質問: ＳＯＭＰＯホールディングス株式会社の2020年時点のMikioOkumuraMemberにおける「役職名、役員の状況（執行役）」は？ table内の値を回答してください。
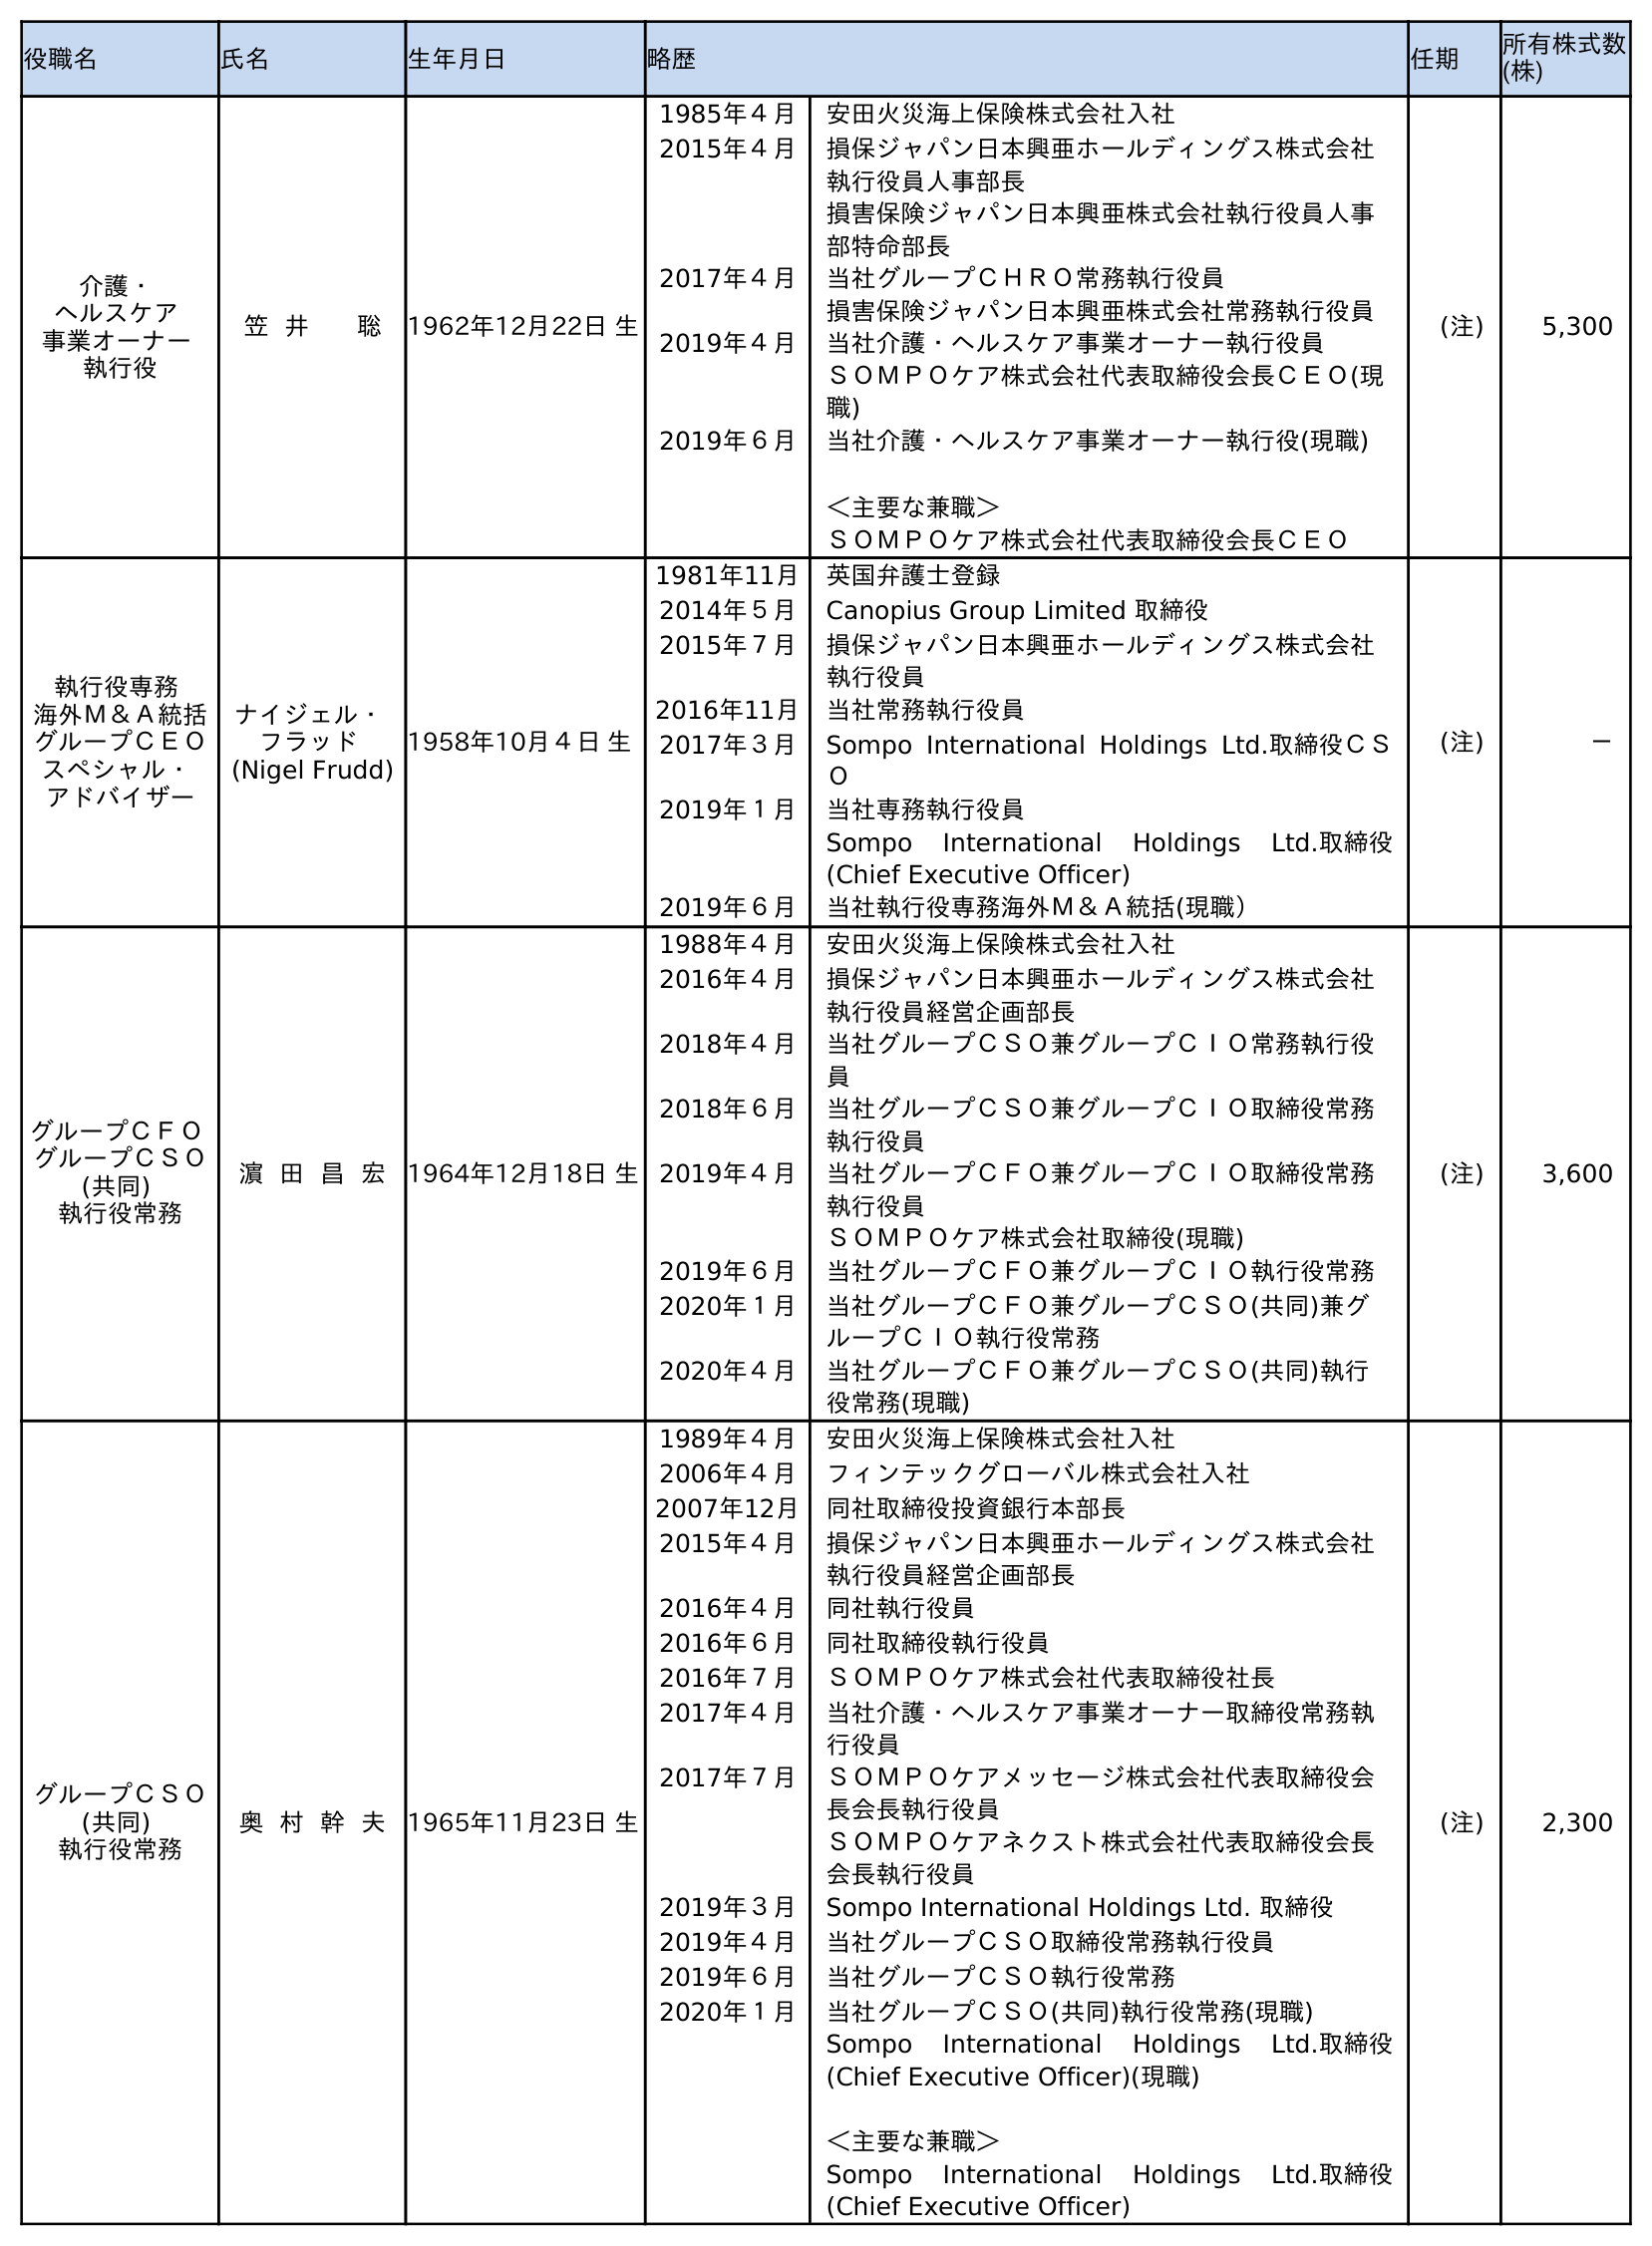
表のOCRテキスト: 役職名 氏名 生年月日 略歴 任期 所有株式数 (株) 介護・ ヘルスケア 事業オーナー 執行役 笠 井 聡 1962年12月22日 生 1985年４月 安田火災海上保険株式会社入社 2015年４月 損保ジャパン日本興亜ホールディングス株式会社 執行役員人事部長 損害保険ジャパン日本興亜株式会社執行役員人事 部特命部長 2017年４月 当社グループＣＨＲＯ常務執行役員 損害保険ジャパン日本興亜株式会社常務執行役員 2019年４月 当社介護・ヘルスケア事業オーナー執行役員 ＳＯＭＰＯケア株式会社代表取締役会長ＣＥＯ(現 職) 2019年６月 当社介護・ヘルスケア事業オーナー執行役(現職) ＜主要な兼職＞ ＳＯＭＰＯケア株式会社代表取締役会長ＣＥＯ (注) 5,300 執行役専務 海外Ｍ＆Ａ統括 グループＣＥＯ スペシャル・ アドバイザー ナイジェル・ フラッド (Nigel Frudd) 1958年10月４日 生 1981年11月 英国弁護士登録 2014年５月 Canopius Group Limited 取締役 2015年７月 損保ジャパン日本興亜ホールディングス株式会社 執行役員 2016年11月 当社常務執行役員 2017年３月 Sompo International Holdings Ltd.取締役ＣＳ Ｏ 2019年１月 当社専務執行役員 Sompo International Holdings Ltd.取締役 (Chief Executive Officer) 2019年６月 当社執行役専務海外Ｍ＆Ａ統括(現職） (注) － グループＣＦＯ グループＣＳＯ (共同) 執行役常務 濵 田 昌 宏 1964年12月18日 生 1988年４月 安田火災海上保険株式会社入社 2016年４月 損保ジャパン日本興亜ホールディングス株式会社 執行役員経営企画部長 2018年４月 当社グループＣＳＯ兼グループＣＩＯ常務執行役 員 2018年６月 当社グループＣＳＯ兼グループＣＩＯ取締役常務 執行役員 2019年４月 当社グループＣＦＯ兼グループＣＩＯ取締役常務 執行役員 ＳＯＭＰＯケア株式会社取締役(現職) 2019年６月 当社グループＣＦＯ兼グループＣＩＯ執行役常務 2020年１月 当社グループＣＦＯ兼グループＣＳＯ(共同)兼グ ループＣＩＯ執行役常務 2020年４月 当社グループＣＦＯ兼グループＣＳＯ(共同)執行 役常務(現職) (注) 3,600 グループＣＳＯ (共同) 執行役常務 奥 村 幹 夫 1965年11月23日 生 1989年４月 安田火災海上保険株式会社入社 2006年４月 フィンテックグローバル株式会社入社 2007年12月 同社取締役投資銀行本部長 2015年４月 損保ジャパン日本興亜ホールディングス株式会社 執行役員経営企画部長 2016年４月 同社執行役員 2016年６月 同社取締役執行役員 2016年７月 ＳＯＭＰＯケア株式会社代表取締役社長 2017年４月 当社介護・ヘルスケア事業オーナー取締役常務執 行役員 2017年７月 ＳＯＭＰＯケアメッセージ株式会社代表取締役会 長会長執行役員 ＳＯＭＰＯケアネクスト株式会社代表取締役会長 会長執行役員 2019年３月 Sompo International Holdings Ltd. 取締役 2019年４月 当社グループＣＳＯ取締役常務執行役員 2019年６月 当社グループＣＳＯ執行役常務 2020年１月 当社グループＣＳＯ(共同)執行役常務(現職) Sompo International Holdings Ltd.取締役 (Chief Executive Officer)(現職) ＜主要な兼職＞ Sompo International Holdings Ltd.取締役 (Chief Executive Officer) (注) 2,300
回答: グループＣＳＯ(共同)執行役常務